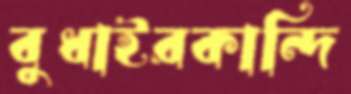
বুধাইরকান্দি